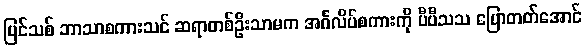
ပြင်သစ် ဘာသာစကားသင် ဆရာတစ်ဦးသာမက အင်္ဂလိပ်စကားကို ပီပီသသ ပြောတတ်အောင်